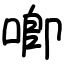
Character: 喞